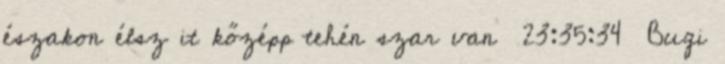
északon élsz it kőzépp tehén szar van 23:35:34 Bugi